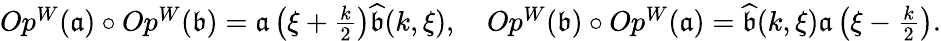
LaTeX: \begin{array}{r}{Op^{W}(\mathfrak{a})\circ Op^{W}(\mathfrak{b})=\mathfrak{a}\left(\xi+\frac{k}{2}\right)\widehat{\mathfrak{b}}(k,\xi),\quad Op^{W}(\mathfrak{b})\circ Op^{W}(\mathfrak{a})=\widehat{\mathfrak{b}}(k,\xi)\mathfrak{a}\left(\xi-\frac{k}{2}\right).}\end{array}